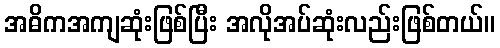
အဓိကအကျဆုံးဖြစ်ပြီး အလိုအပ်ဆုံးလည်းဖြစ်တယ်။